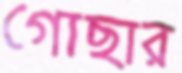
গোছার